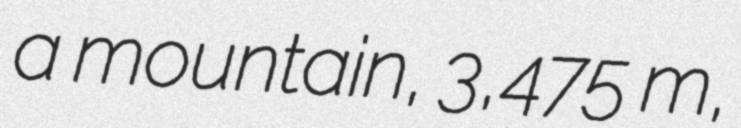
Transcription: a mountain, 3,475 m,